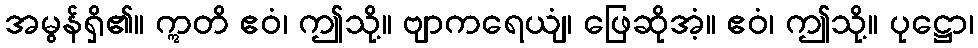
အမွန်ရှိ၏။ ဣတိ ဧဝံ၊ ဤသို့။ ဗျာကရေယျံ၊ ဖြေဆိုအံ့။ ဧဝံ၊ ဤသို့။ ပုဋ္ဌော၊